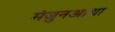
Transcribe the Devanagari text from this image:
मंजुनआथा